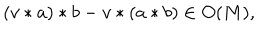
( v * a ) * b - v * ( a * b ) \in O ( M ) ,